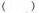
( )